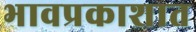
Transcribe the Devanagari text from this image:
भावप्रकाशात